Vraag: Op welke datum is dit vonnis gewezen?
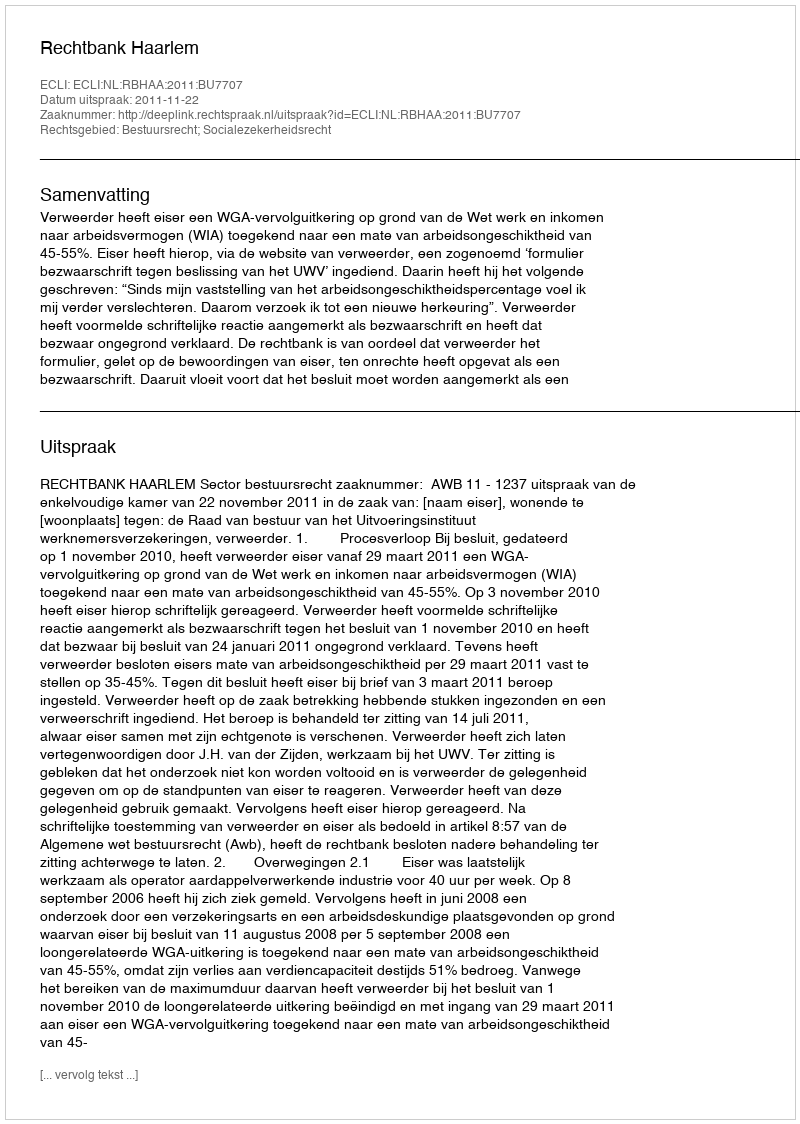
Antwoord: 2011-11-22